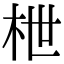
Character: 枻